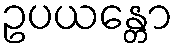
ဥပယန္တော